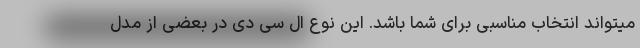
میتواند انتخاب مناسبی برای شما باشد. این نوع ال سی دی در بعضی از مدل